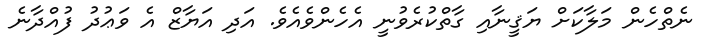
ނެތްހެން މަލާކަށް ޔަޤީނާއި ގާތްކުރެވުނީ އެހެންވެއެވެ. އަދި އަޔާޒް އެ ވަޢުދު ފުއްދާނެ